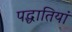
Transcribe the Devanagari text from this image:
पद्धातियां